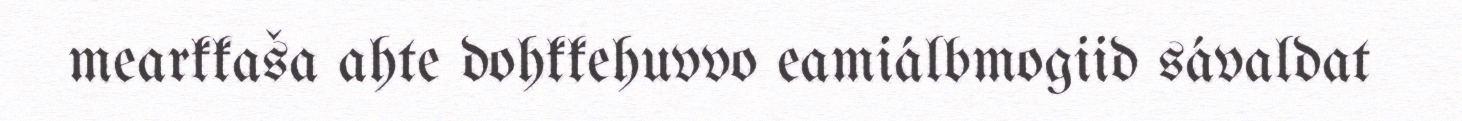
mearkkaša ahte dohkkehuvvo eamiálbmogiid sávaldat